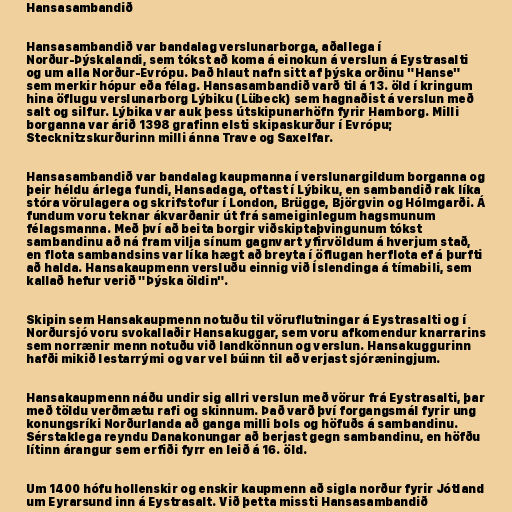
Hansasambandið

Hansasambandið var bandalag verslunarborga, aðallega í
Norður-Þýskalandi, sem tókst að koma á einokun á verslun á Eystrasalti
og um alla Norður-Evrópu. Það hlaut nafn sitt af þýska orðinu "Hanse"
sem merkir hópur eða félag. Hansasambandið varð til á 13. öld í kringum
hina öflugu verslunarborg Lýbiku (Lübeck) sem hagnaðist á verslun með
salt og silfur. Lýbika var auk þess útskipunarhöfn fyrir Hamborg. Milli
borganna var árið 1398 grafinn elsti skipaskurður í Evrópu;
Stecknitzskurðurinn milli ánna Trave og Saxelfar.

Hansasambandið var bandalag kaupmanna í verslunargildum borganna og
þeir héldu árlega fundi, Hansadaga, oftast í Lýbiku, en sambandið rak líka
stóra vörulagera og skrifstofur í London, Brügge, Björgvin og Hólmgarði. Á
fundum voru teknar ákvarðanir út frá sameiginlegum hagsmunum
félagsmanna. Með því að beita borgir viðskiptaþvingunum tókst
sambandinu að ná fram vilja sínum gagnvart yfirvöldum á hverjum stað,
en flota sambandsins var líka hægt að breyta í öflugan herflota ef á þurfti
að halda. Hansakaupmenn versluðu einnig við Íslendinga á tímabili, sem
kallað hefur verið "Þýska öldin".

Skipin sem Hansakaupmenn notuðu til vöruflutningar á Eystrasalti og í
Norðursjó voru svokallaðir Hansakuggar, sem voru afkomendur knarrarins
sem norrænir menn notuðu við landkönnun og verslun. Hansakuggurinn
hafði mikið lestarrými og var vel búinn til að verjast sjóræningjum.

Hansakaupmenn náðu undir sig allri verslun með vörur frá Eystrasalti, þar
með töldu verðmætu rafi og skinnum. Það varð því forgangsmál fyrir ung
konungsríki Norðurlanda að ganga milli bols og höfuðs á sambandinu.
Sérstaklega reyndu Danakonungar að berjast gegn sambandinu, en höfðu
lítinn árangur sem erfiði fyrr en leið á 16. öld.

Um 1400 hófu hollenskir og enskir kaupmenn að sigla norður fyrir Jótland
um Eyrarsund inn á Eystrasalt. Við þetta missti Hansasambandið